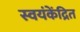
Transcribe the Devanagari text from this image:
स्वयंकेंद्रित